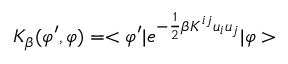
K _ { \beta } ( \varphi ^ { \prime } , \varphi ) = < \varphi ^ { \prime } | e ^ { - \frac { 1 } { 2 } \beta K ^ { i j } u _ { i } u _ { j } } | \varphi >